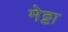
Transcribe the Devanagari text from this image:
मेट्टा